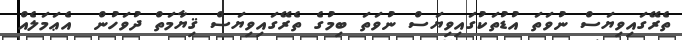
ތެރޭގައިވިޔަސް ނުވަތަ އުޑުތަކުގައިވިޔަސް ނުވަތަ ބިމުގެ ތެރޭގައިވިޔަސް ޤިޔާމަތް ދުވަހުން  އެޢަމަލެއް